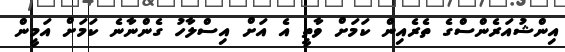
އިންޝުއަރެންސްގެ ތެރެއިން ކަމަށް ވާތީ އެ އަށް އިސްލާހު ގެންނާނެ ކަމަށް އަމީން